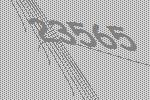
23565